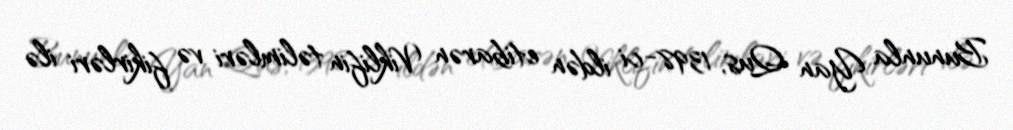
Bununla Yan Qus, 1398-ci ildən etibarən Viklifin təlimləri və fikirləri ilə